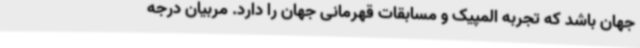
جهان باشد که تجربه المپیک و مسابقات قهرمانی جهان را دارد. مربیان درجه